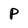
Character: P